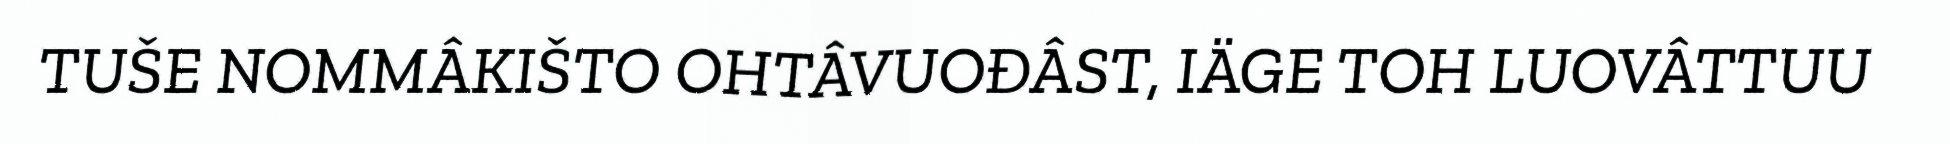
TUŠE NOMMÂKIŠTO OHTÂVUOĐÂST, IÄGE TOH LUOVÂTTUU